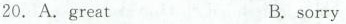
20.A.greatB. sorry